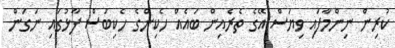
ކުރިން ނިންމާފައި ވިޔަސް އޭގެ ތެރެއިން ބައެއް ހެކިންގެ ހެކިބަސް ފާޅުގައި ނަގަން